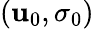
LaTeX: \left(\mathbf{u}_{0},\sigma_{0}\right)